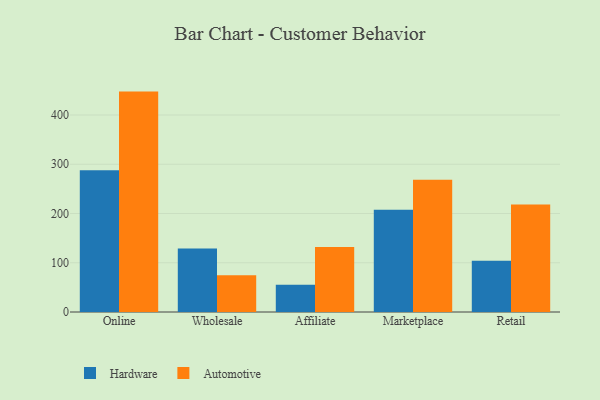
{"axis": {"x": "Channel", "y": "LTV (USD)"}, "legend": ["Automotive", "Hardware"], "data": [{"x": "Online", "y": 287.6, "type": "Hardware"}, {"x": "Online", "y": 447.5, "type": "Automotive"}, {"x": "Wholesale", "y": 129.1, "type": "Hardware"}, {"x": "Wholesale", "y": 74.5, "type": "Automotive"}, {"x": "Affiliate", "y": 55.3, "type": "Hardware"}, {"x": "Affiliate", "y": 132.1, "type": "Automotive"}, {"x": "Marketplace", "y": 207.7, "type": "Hardware"}, {"x": "Marketplace", "y": 268.6, "type": "Automotive"}, {"x": "Retail", "y": 104.0, "type": "Hardware"}, {"x": "Retail", "y": 218.4, "type": "Automotive"}]}